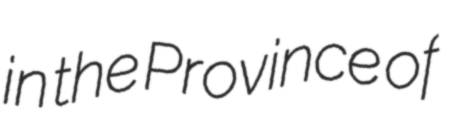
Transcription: in the Province of